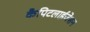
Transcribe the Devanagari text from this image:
कैपिटलाईजेशन